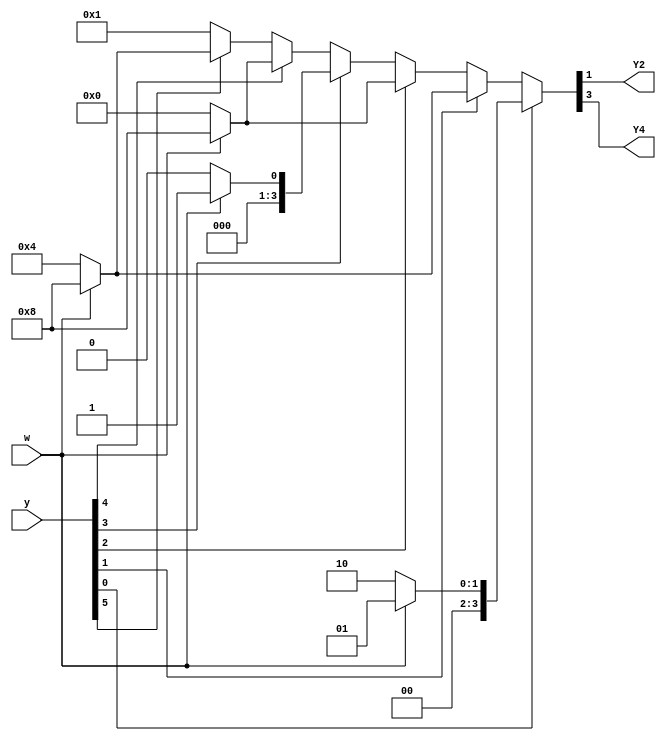
module top_module (
    input [6:1] y,
    input w,
    output Y2,
    output Y4);

reg [5:0] nstate;

parameter A = 6'b000001;
parameter B = 6'b000010;
parameter C = 6'b000100;
parameter D = 6'b001000;
parameter E = 6'b010000;
parameter F = 6'b100000;

always @(*)begin
    nstate = A;
    case (1)
        y[1]:nstate = w ? A : B;
        y[2]:nstate = w ? D : C;
        y[3]:nstate = w ? D : E;
        y[4]:nstate = w ? A : F;
        y[5]:nstate = w ? D : E;
        y[6]:nstate = w ? D : C;
        default:nstate = A;
    endcase
end
assign Y2 = nstate[1];
assign Y4 = nstate[3];
endmodule